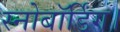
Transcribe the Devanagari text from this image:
स्नोबॉर्डिंग।